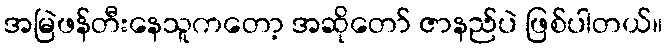
အမြဲဖန်တီးနေသူကတော့ အဆိုတော် ဇာနည်ပဲ ဖြစ်ပါတယ်။